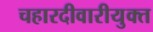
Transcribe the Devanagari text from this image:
चहारदीवारीयुक्त